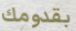
بقدومك